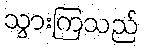
သွားကြသည်